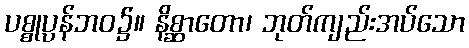
ပစ္စုပ္ပန်ဘဝ၌။ နိစ္ဆာတော၊ ဘုတ်ကျည်းအပ်သော